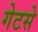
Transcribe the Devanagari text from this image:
गेटसे